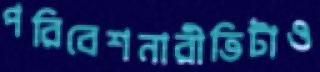
পরিবেশনারীতিটাও